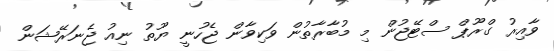
ވާއިރު ގްރޫޕް ސްޓޭޖުން މި މުބާރާތުން ވަކިވާން ޖެހުނީ ޔޫތު ނިއު ޖެނަރޭޝަން